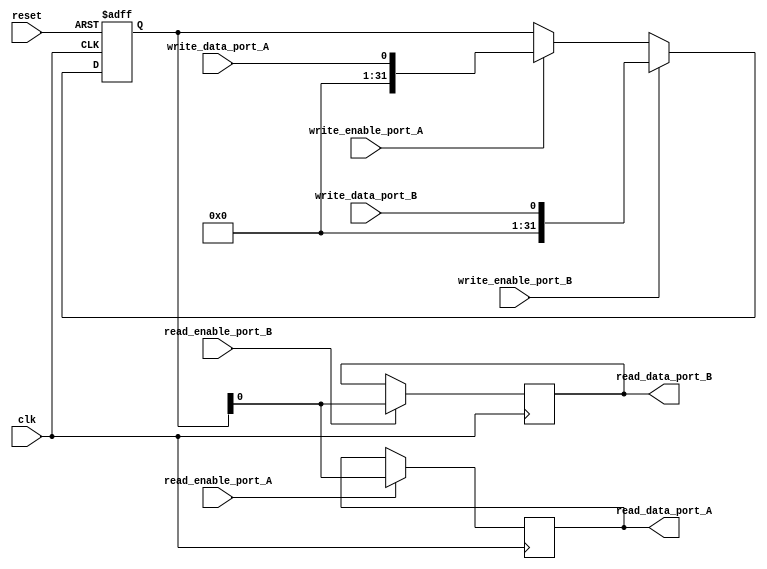
module dual_port_register (
    input wire clk,
    input wire reset,
    input wire write_enable_port_A,
    input wire write_data_port_A,
    input wire read_enable_port_A,
    output reg read_data_port_A,
    input wire write_enable_port_B,
    input wire write_data_port_B,
    input wire read_enable_port_B,
    output reg read_data_port_B
);

reg [31:0] reg_data;

always @(posedge clk or posedge reset) begin
    if (reset) begin
        reg_data <= 0;
    end else begin
        if (write_enable_port_A) begin
            reg_data <= write_data_port_A;
        end
        if (write_enable_port_B) begin
            reg_data <= write_data_port_B;
        end
    end
end

always @(posedge clk) begin
    if (read_enable_port_A) begin
        read_data_port_A <= reg_data;
    end
    if (read_enable_port_B) begin
        read_data_port_B <= reg_data;
    end
end

endmodule